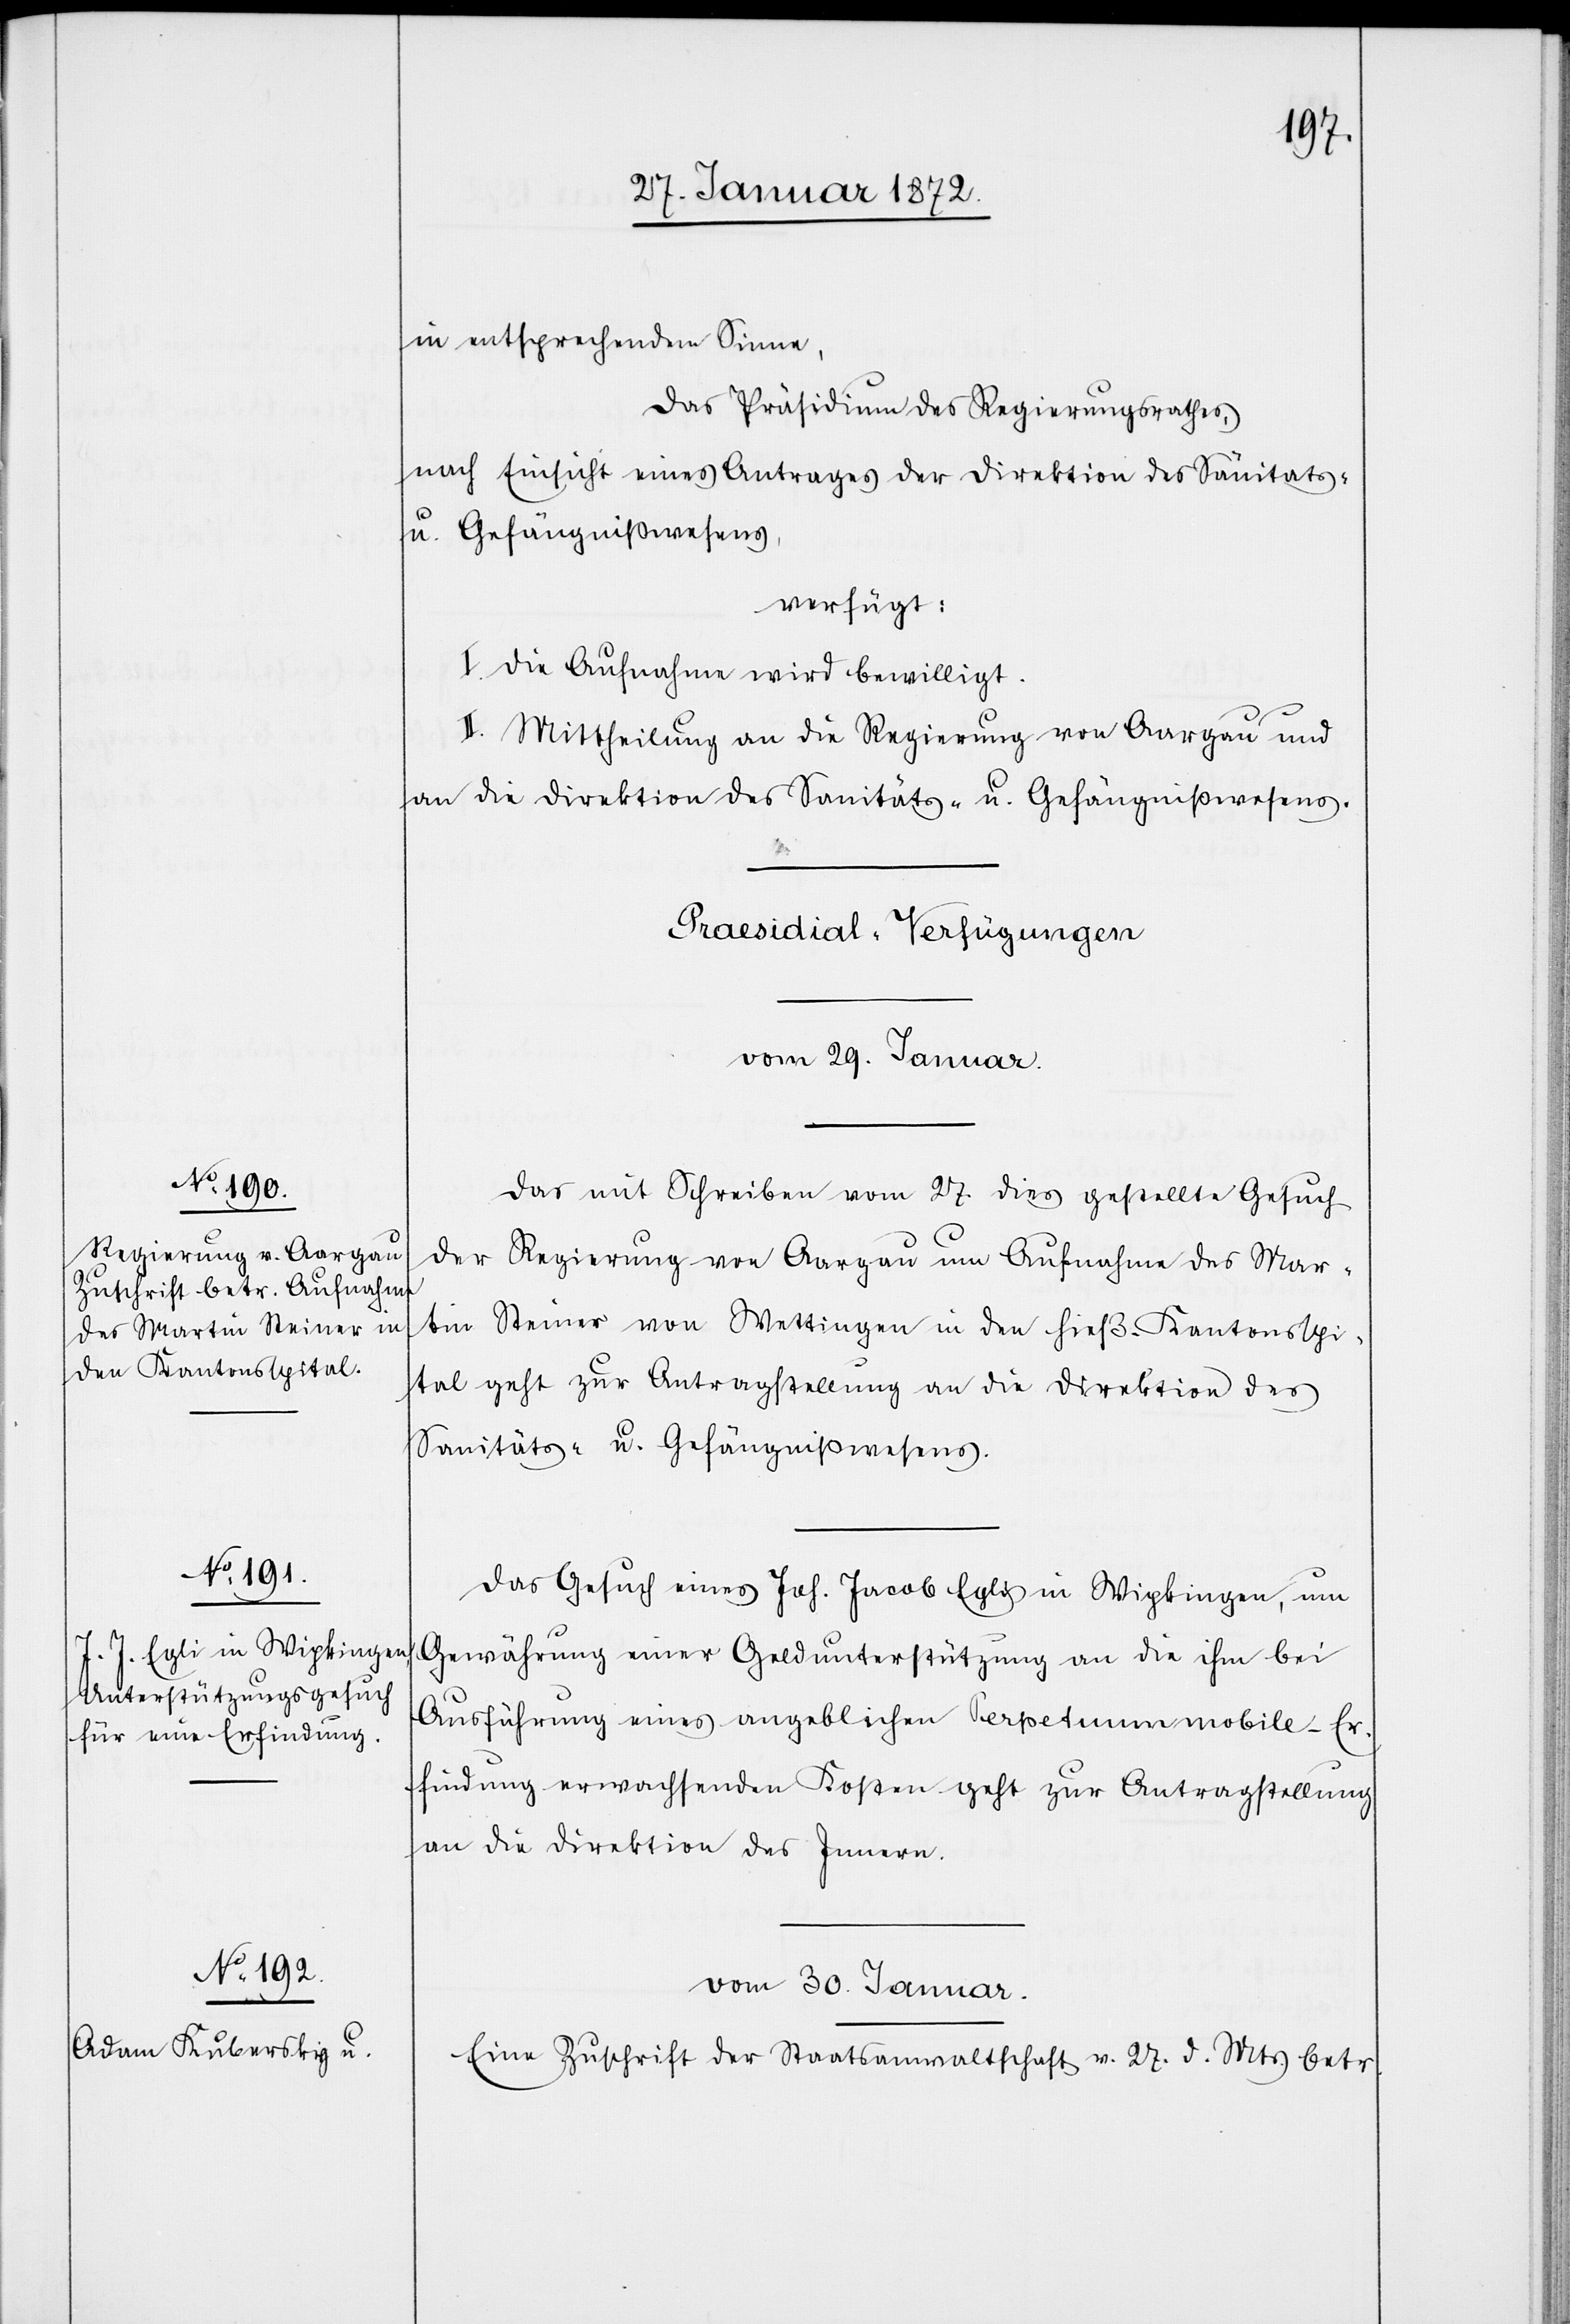
1872.
entsprechendem Sinne,
das Präsidium des Regierungsrathes,
nach Einsicht eines Antrages der Direktion des Sanitäts-
u. Gefängnißwesens,
verfügt:
I. Die Aufnahme wird bewilligt.
II. Mittheilung an die Regierung von Aargau und
an die Direktion des Sanitäts- u. Gefängnißwesens.
Präsidial-Verfügungen
vom 29. Januar
Das mit Schreiben vom 27. dies gestellte Gesuch
der Regierung von Aargau um Aufnahme des Mar¬
tin Steiner von Wettingen in den hieß. Kantonsspi¬
tal geht zur Antragsstellung an die Direktion des
Sanitäts- u. Gefängnißwesens.
Das Gesuch eines Joh. Jacob Egli in Wipkingen, um
Gewährung einer Geldunterstützung an die ihm bei
Ausführung eines angeblichen Perpetuum mobile-Er¬
findung erwachsenden Kosten geht zur Antragsstellung
an die Direktion des Innern.
vom 30. Januar.
Eine Zuschrift der Staatsanwaltschaft v. 17. d. Mts. betr.